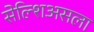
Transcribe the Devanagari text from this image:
सेल्शिअसला